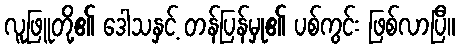
လူဖြူတို့၏ ဒေါသနှင့် တန်ပြန်မှု၏ ပစ်ကွင်း ဖြစ်လာပြီ။